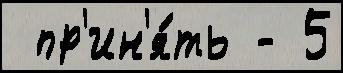
 пр'ин'я́ть - 5